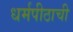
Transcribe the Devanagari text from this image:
धर्मपीठाची